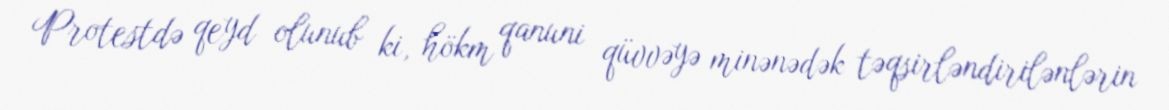
Protestdə qeyd olunub ki, hökm qanuni qüvvəyə minənədək təqsirləndirilənlərin